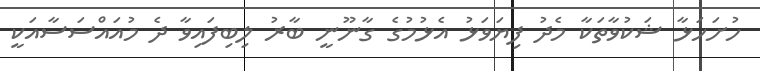
ހުށަހަޅާ ޝަކުވާތަކާ މެދު ފިޔަވަޅު އެޅުމުގެ ގާނޫނީ ބާރު ލިބިފައިވާ ދެ މުއައްސަސާއަކީ